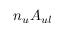
n _ { u } A _ { u l }